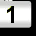
Digit: 1